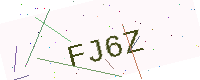
Text: FJ6Z